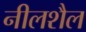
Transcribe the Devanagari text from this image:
नीलशैल